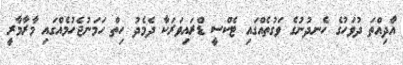
އާދިއްތަ ދުވަހުގެ ހެނދުނުގެ ވަގުތެއްގައި ޓެކްސީ ޑްރައިވަރަކާ ދެމެދު ހިތް ހަމަނުޖެހުމެއްގައި މާރާމާރީ